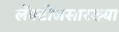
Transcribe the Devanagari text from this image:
लॅक्टोजसारख्या